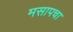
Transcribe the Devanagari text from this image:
मसापचा